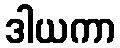
ဒါယကာ